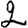
Digit: 2